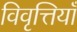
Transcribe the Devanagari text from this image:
विवृत्तियाँ